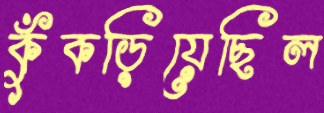
কুঁকড়িয়েছিল